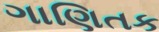
ગાણિતક